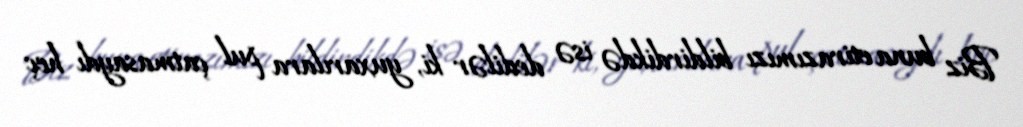
Biz buna etirazımızı bildirdikdə isə dedilər ki, yuxarılara pul çatmasaydı heç